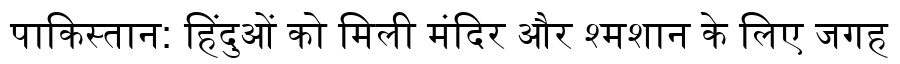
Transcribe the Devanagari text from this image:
पाकिस्तान: हिंदुओं को मिली मंदिर और श्मशान के लिए जगह